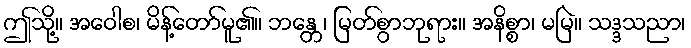
ဤသို့။ အဝေါစ၊ မိန့်တော်မူ၏။ ဘန္တေ၊ မြတ်စွာဘုရား။ အနိစ္စာ၊ မမြဲ။ သဒ္ဒသညာ၊